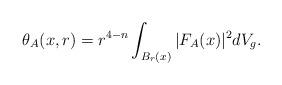
LaTeX: \begin{align*}\theta_A(x,r)=r^{4-n}\int_{B_r(x)}|F_A(x)|^2dV_g.\end{align*}